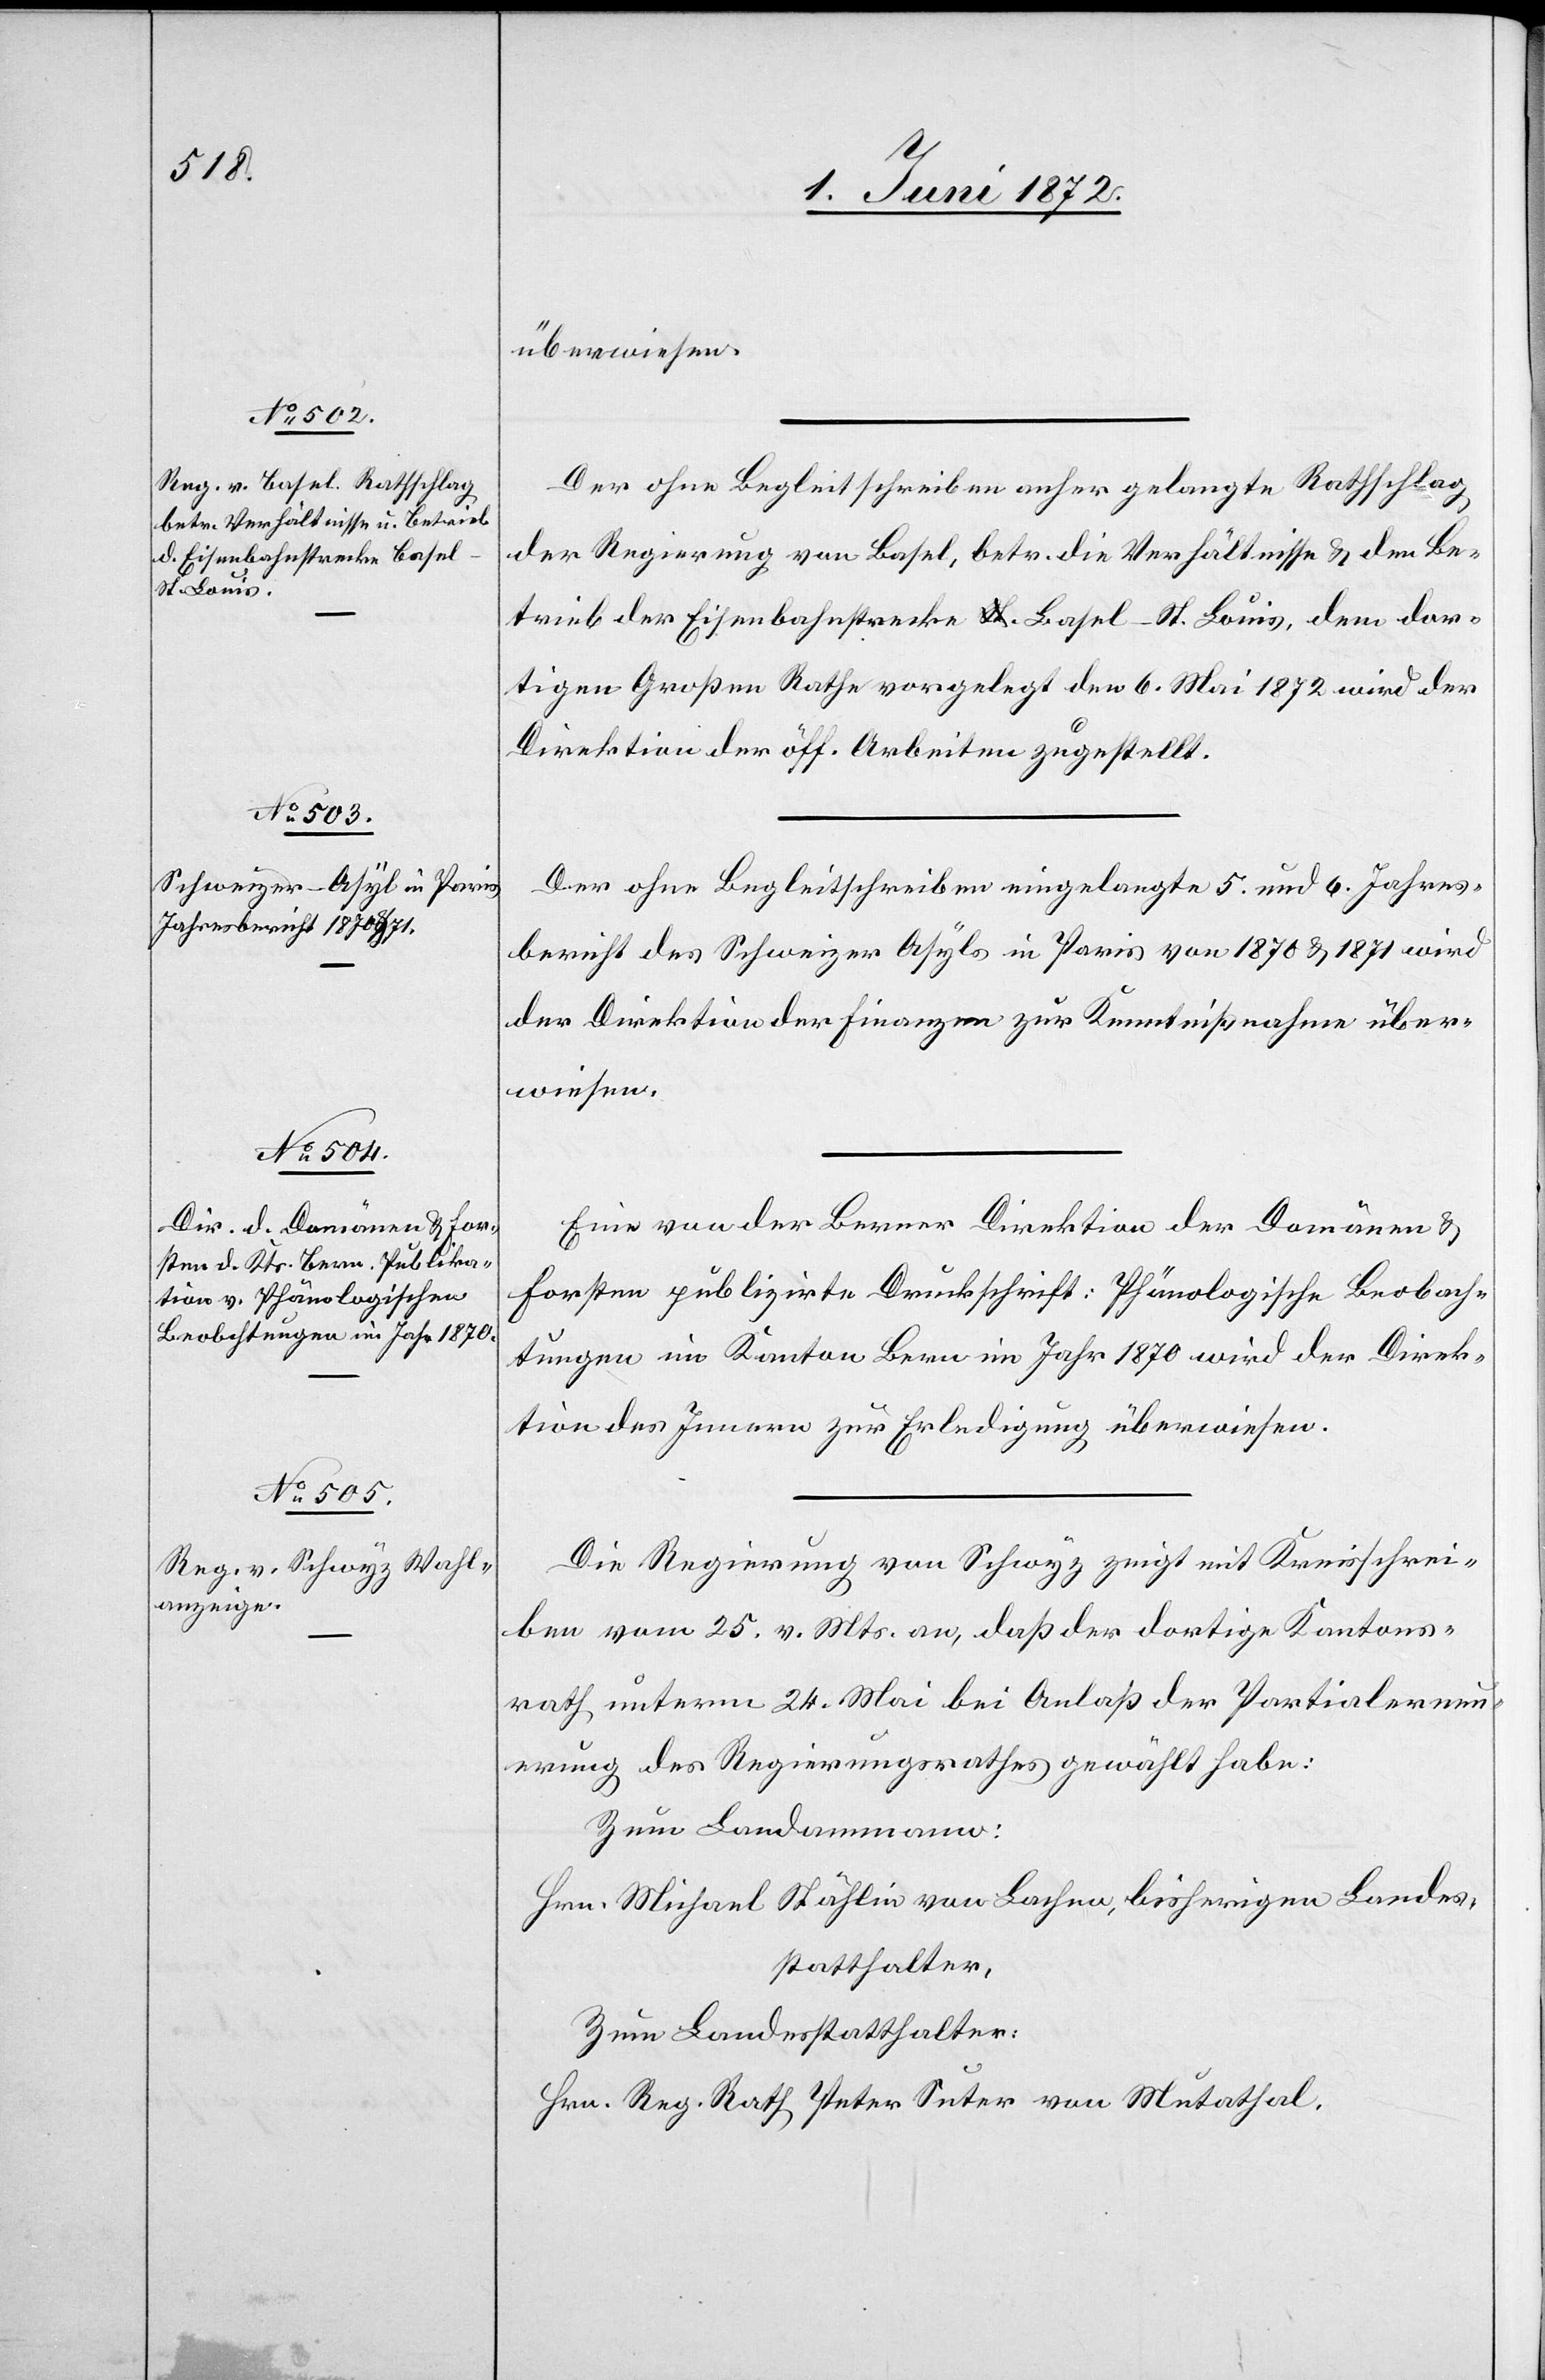
überwiesen.
Der ohne Begleitschreiben anher gelangte Rathschlag
der Regierung von Basel, betr. die Verhältnisse u. den Be¬
trieb der Eisenbahnstrecke Basel–St. Louis, dem dor¬
tigen Großen Rathe vorgelegt den 6. Mai 1872[,] wird der
Direktion der öff. Arbeiten zugestellt.
Der ohne Begleitschreiben eingelangte 5. und 6. Jahres¬
bericht des Schweizer Asyls in Paris von 1870 u. 1871 wird
der Direktion der Finanzen zur Kenntnißnahme über¬
wiesen.
Eine von der Berner Direktion der Domänen u.
Forsten publizirte Druckschrift: Phänologische Beobach¬
tungen im Kanton Bern im Jahr 1870 wird der Direk¬
tion des Innern zur Erledigung überwiesen.
Die Regierung von Schwyz zeigt mit Kreisschrei¬
ben vom 25. v. Mts. an, daß der dortige Kantons¬
rath unterm 24. Mai bei Anlaß der Partialerneu¬
erung des Regierungsrathes gewählt habe:
Zum Landammann:
Hrn. Michael Stählin von Lachen, bisherigen Landes¬
statthalter,
Zum Landesstatthalter:
Hrn. Reg. Rath Peter Suter von Mutathal.